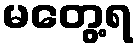
မတွေ့ရ